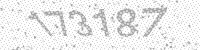
Solution: 173187